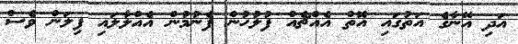
އަދި އޭނާގެ އަތުގައި އޮތް އެއްޗެއް ފުލުހުން ފެނުމުން އެއްލާލައި ފިލަން ވެސް